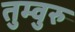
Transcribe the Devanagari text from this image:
तुम्वुरु